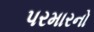
પરમારનો